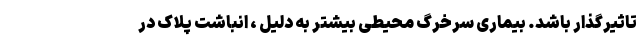
تاثیرگذار باشد. بیماری سرخرگ محیطی بیشتر به دلیل ، انباشت پلاک در